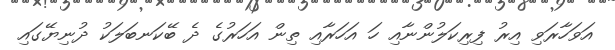
އަވަހާރަވި އިރު ފިރިކަލުންނާއި ހަ އަހަރާއި ތިން އަހަރުގެ ދެ ބޭކަނބަލަކު ދުނިޔޭގައި